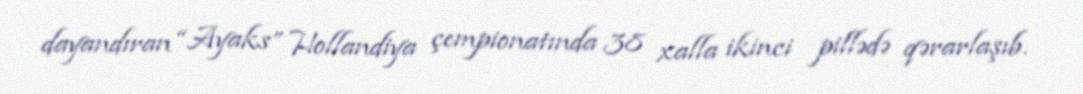
dayandıran “Ayaks” Hollandiya çempionatında 38 xalla ikinci pillədə qərarlaşıb.